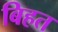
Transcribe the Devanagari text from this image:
बिहत